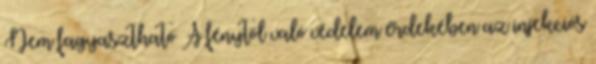
Nem fagyasztható A fénytől való védelem érdekében az injekciós